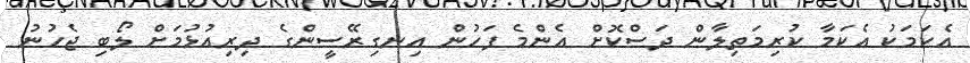
އެކަމަކު އެކަމާ ކުރިމަތިލާން ދަސްކޮށް އެންމެ ފަހުން އިނގިރޭސީންގެ ދިރިއުޅުމަށް ލޯބި ޖެހުނު